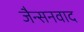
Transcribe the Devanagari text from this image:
जैन्सनवाद